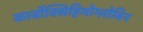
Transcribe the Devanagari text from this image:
कार्बॉक्सिहिमोग्लोबिन